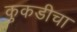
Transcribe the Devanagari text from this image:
कुकडीचा